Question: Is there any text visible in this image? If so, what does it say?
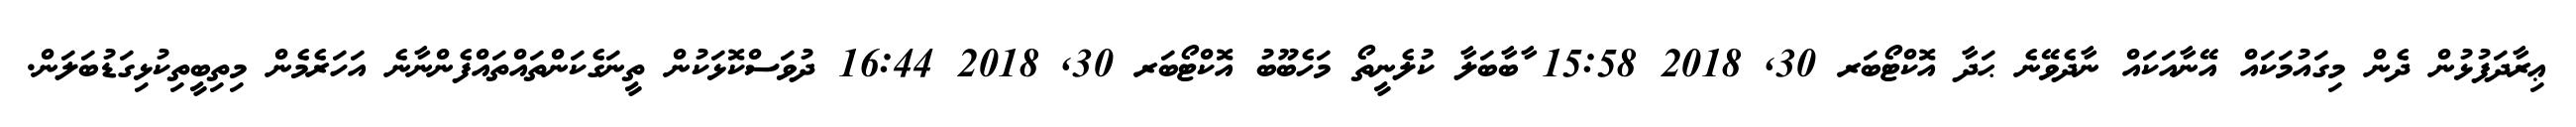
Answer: ޢިރާދަފުޅުން ދެން މިގައުމަކައް އޭނާއަކައް ނާދެވޭނެ ޙަދާ އޮކްޓޯބަރ 30, 2018 15:58 ާބާބަލާ ކުލެނީތޯ މަހެބޫބު އޮކްޓޯބަރ 30, 2018 16:44 ދުވަސްކޮޅަކުން ތީނަގެކަންތައްތައްފެންނާނެ އަހަރެމެން މިތިބީތިކުޅިގަޑުބަލަން.